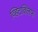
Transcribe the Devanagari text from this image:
व्हिटक्लिफ